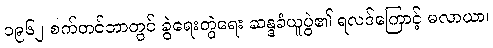
၁၉၆၂ စက်တင်ဘာတွင် ခွဲရေးတွဲရေး ဆန္ဒခံယူပွဲ၏ ရလဒ်ကြောင့် မလာယာ၊